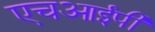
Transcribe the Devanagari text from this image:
एचआईपी